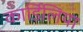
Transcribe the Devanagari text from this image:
कार्डिलिया